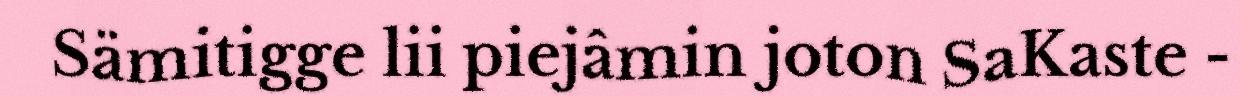
Sämitigge lii piejâmin joton SaKaste -